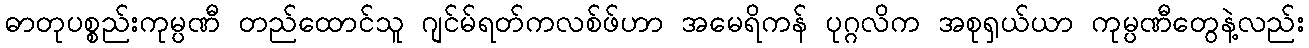
ဓာတုပစ္စည်းကုမ္ပဏီ တည်ထောင်သူ ဂျင်မ်ရတ်ကလစ်ဖ်ဟာ အမေရိကန် ပုဂ္ဂလိက အစုရှယ်ယာ ကုမ္ပဏီတွေနဲ့လည်း